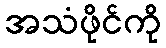
အသံဖိုင်ကို